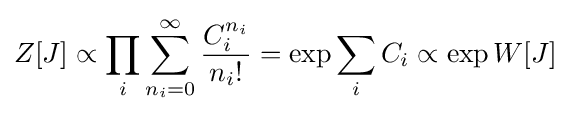
Z[J]\propto \prod _{i}{\sum _{n_{i}=0}^{\infty }{\frac {C_{i}^{n_{i}}}{n_{i}!}}}=\exp {\sum _{i}{C_{i}}}\propto \exp {W[J]}